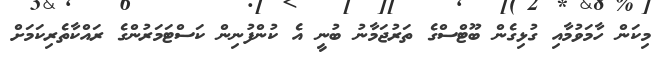
މިކަން ހާމަވުމާއި ގުޅިގެން ބޫޓްސްގެ ތަރުޖަމާނު ބުނީ އެ ކުންފުނިން ކަސްޓަމަރުންގެ ރައްކާތެރިކަމަށް